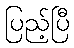
ပြည့်ပြီ